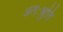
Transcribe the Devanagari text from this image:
अतःश्रुति